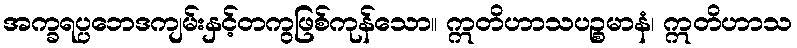
အက္ခရပ္ပဘေဒကျမ်းနှင့်တကွဖြစ်ကုန်သော။ ဣတိဟာသပဉ္စမာနံ၊ ဣတိဟာသ